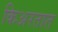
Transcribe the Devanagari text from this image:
किअरतात